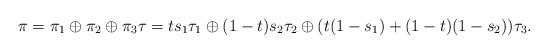
\begin{align*} \pi=\pi_1\oplus \pi_2 \oplus \pi_3 \tau=ts_1\tau_1\oplus(1-t)s_2\tau_2 \oplus (t(1-s_1)+(1-t)(1-s_2)) \tau_3.\end{align*}